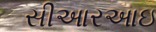
સીઆરઆઇ